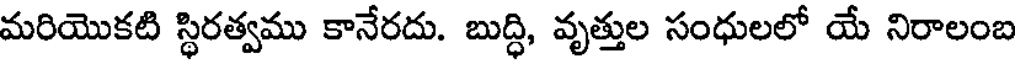
మరియొకటి స్థిరత్వము కానేరదు. బుద్ధి, వృత్తుల సంధులలో యే నిరాలంబ